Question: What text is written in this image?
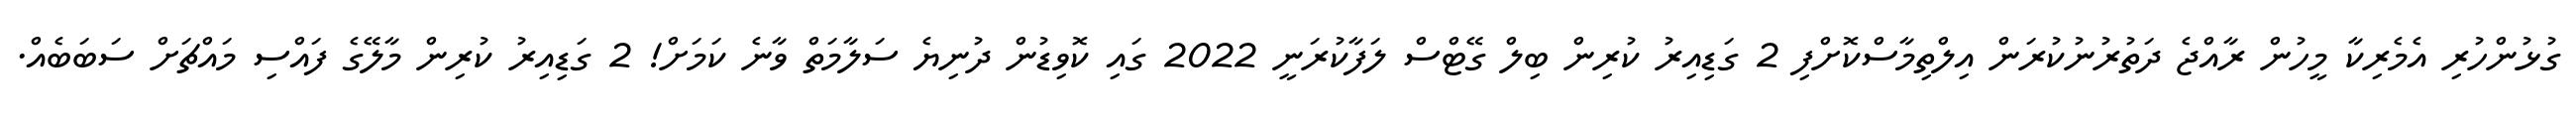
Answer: ގުޅުންހުރި އެމެރިކާ މީހުން ރާއްޖެ ދަތުރުނުކުރަން އިލްތިމާސްކޮށްފި 2 ގަޑިއިރު ކުރިން ބިލް ގޭޓްސް ލަފާކުރަނީ 2022 ގައި ކޮވިޑުން ދުނިޔެ ސަލާމަތް ވާނެ ކަމަށް! 2 ގަޑިއިރު ކުރިން މާލޭގެ ފައްސި މައްޗަށް ސަބަބެއް.